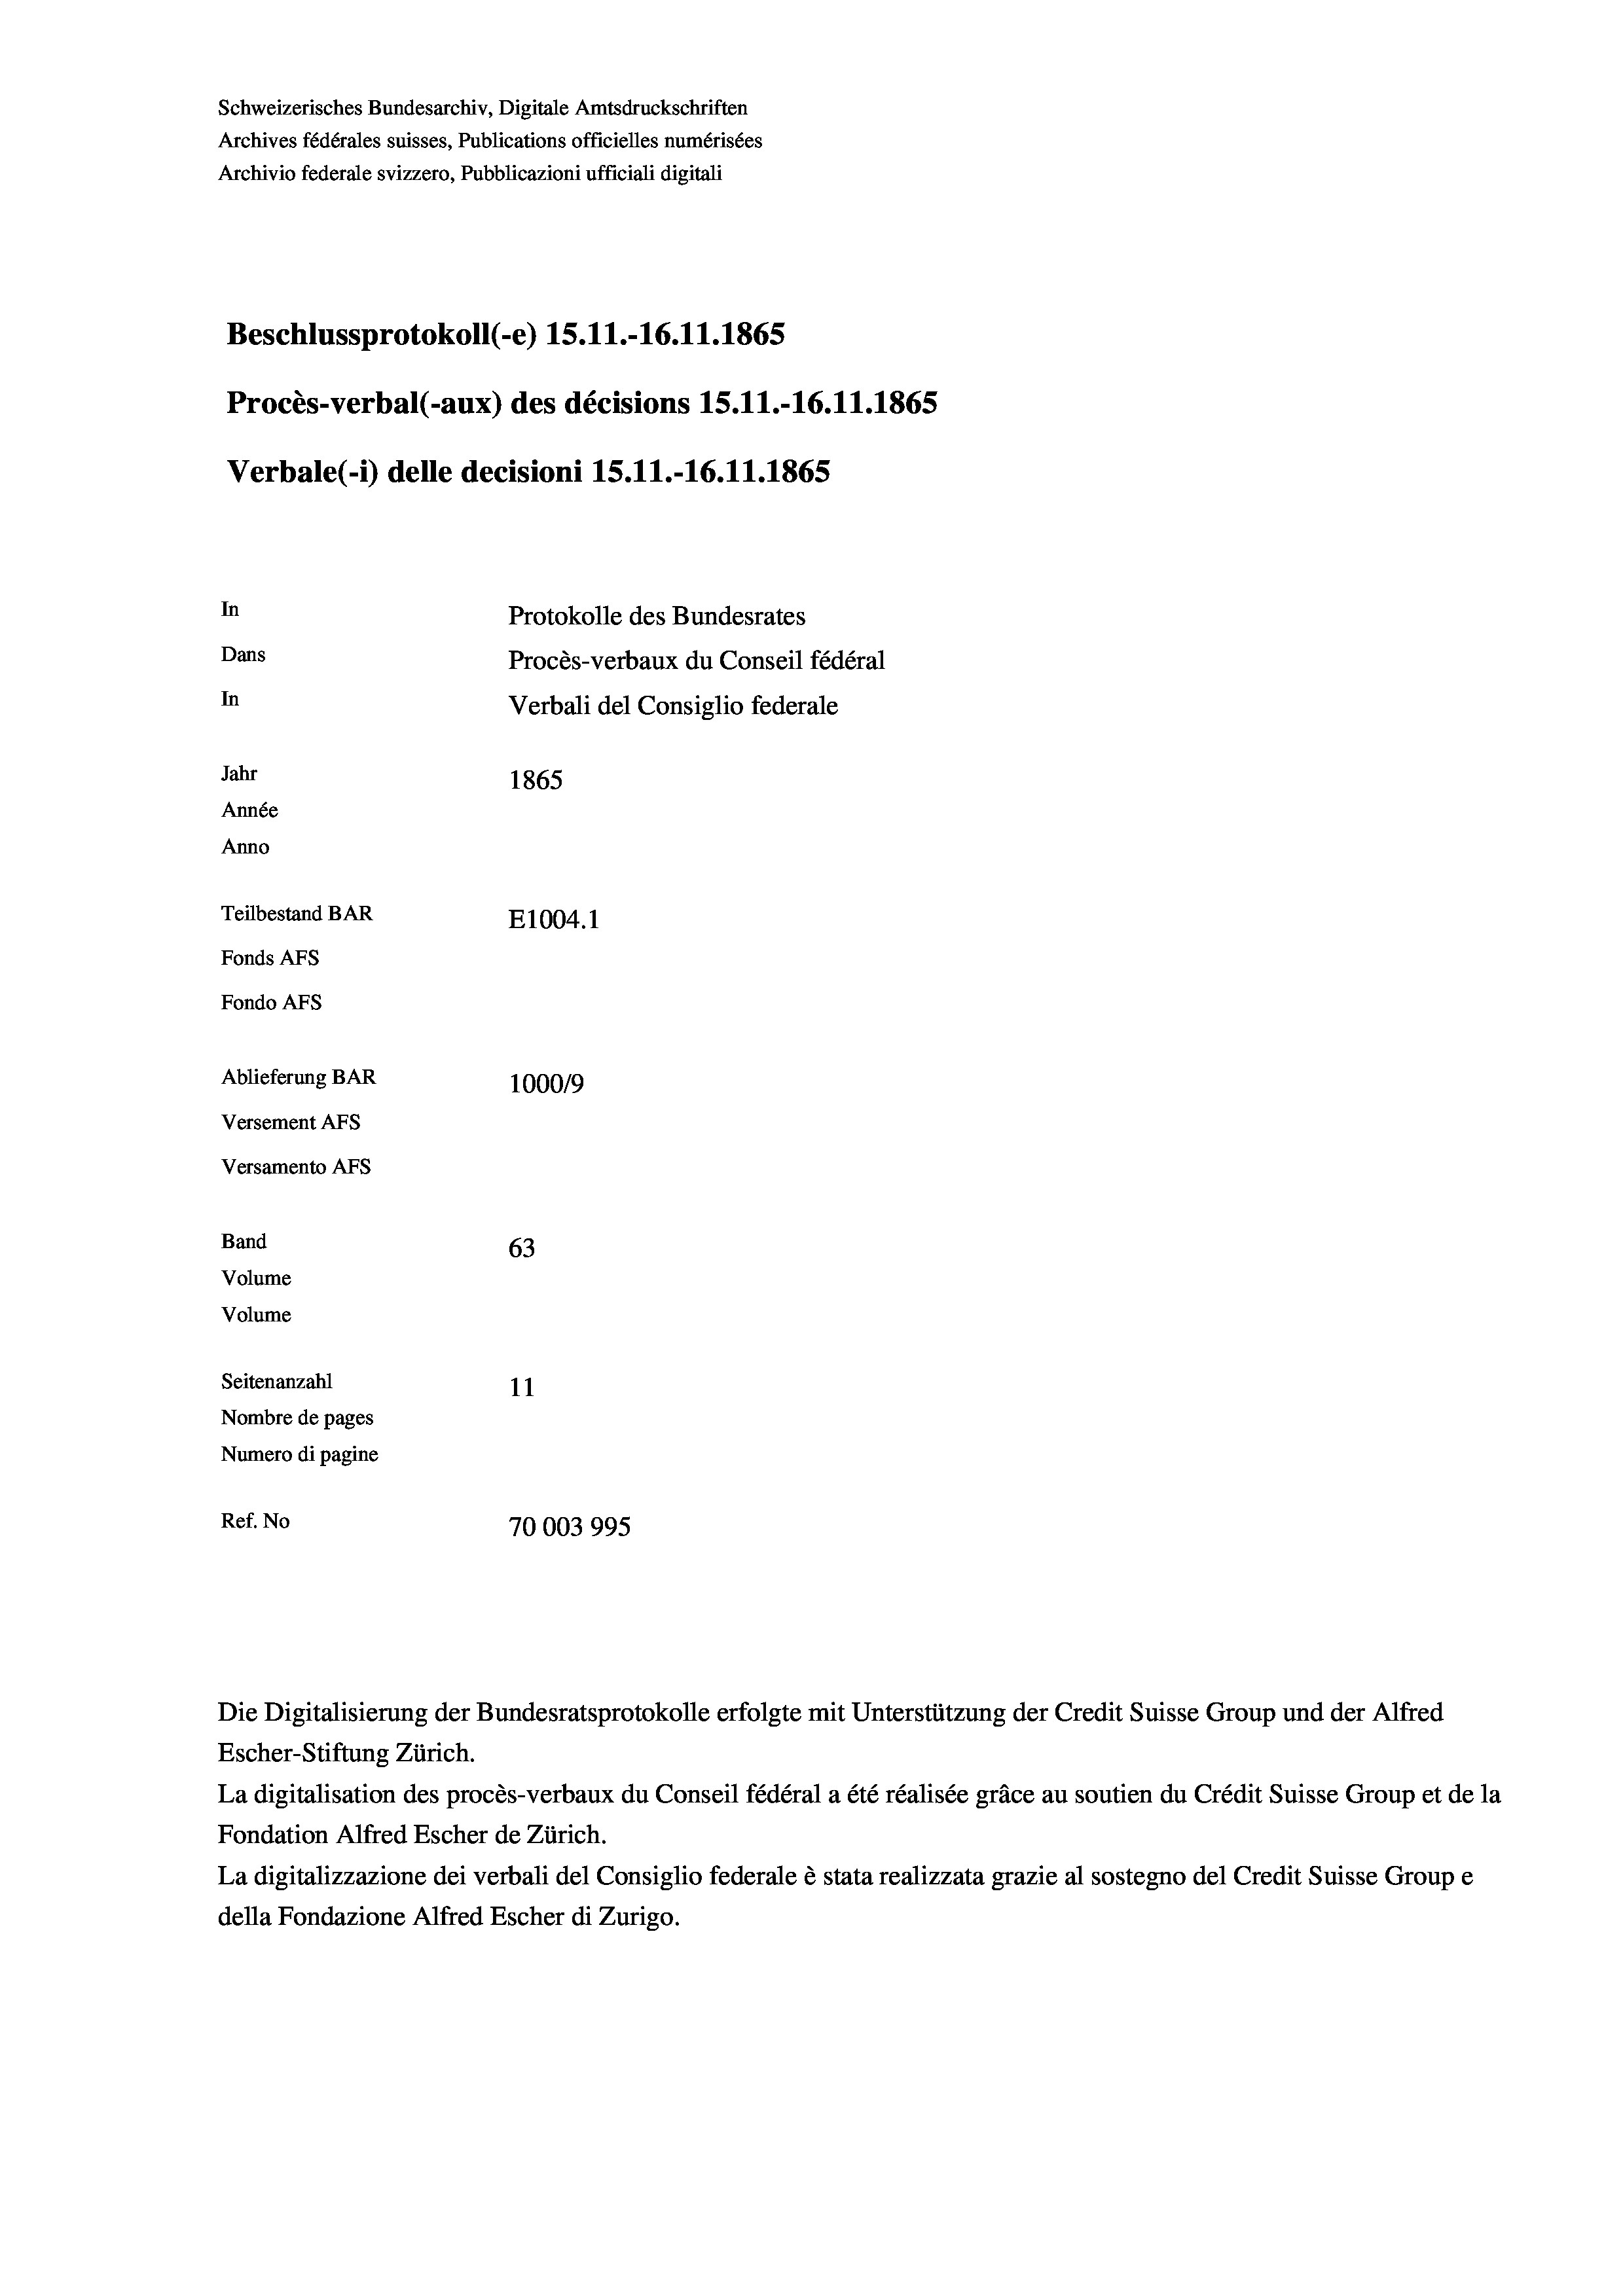
Schweizerisches Bundesarchiv, Digitale Amtsdruckschriften
Archives fédérales suisses, Publications officielles numérisées
Archivio federale svizzero, Pubblicazioni ufficiali digitali
Beschlussprotokoll (-e) 15.11.-16.11.1865
Procès-verbal (-aux) des décisions 15.11.-16.11.1865
Verbale (- 1) delle decisioni 15.11.-16.11.1865
In
Protokolle des Bundesrates
Dans
Procès-verbaux du Conseil fédéral
In
Verbali del Consiglio federale
Jahr
1865
Année
Anno
Teilbestand BAR
E1004.1
Fonds AFs
Fondo AFS
Ablieferung BAR
100019
Versement AFs

Versamento AFs
Band
Volume
Volume
Seitenanzahl

63
11
Nombre de pages
Numero di pagine
Ref. No
70003995

Escher-Stiftung Zürich.
La digitalisation des procès-verbaux du Conseil fédéral a été réalisée gräce au soutien du Crédit Suisse Group et de la
Fondation Alfred Escher de Zürich.
La digitalizzazione dei verbali del Consiglio federale è stata realizzata grazie al sostegno del Credit Suisse Groupe
della Fondazione Alfred Escher di Zurigo.

Die Digitalisierung der Bundesratsprotokolle erfolgte mit Unterstützung der Credit Suisse Group und der Alfred